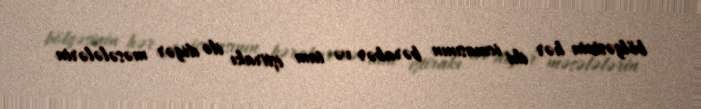
bölgəsinin hər iki icmasının bərabər və tam iştirakı ilə digər məsələlərin